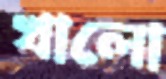
খালো